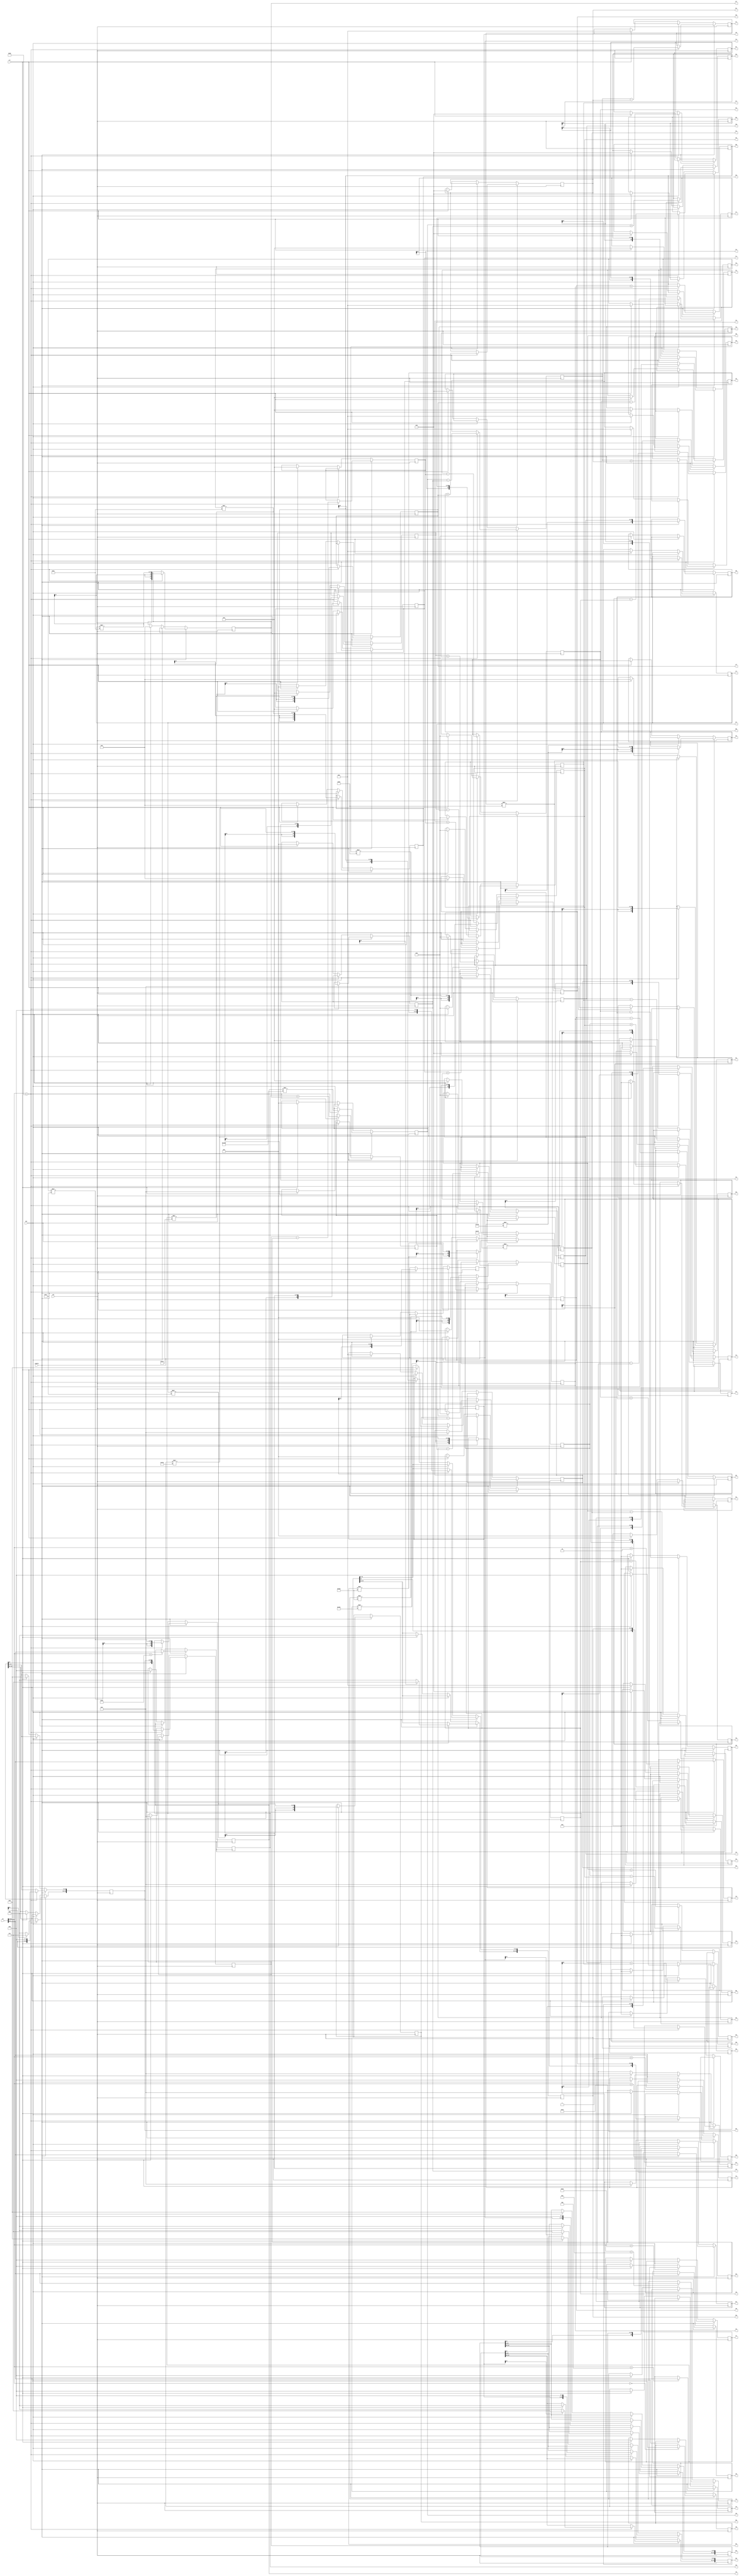
`timescale 1ns / 1ps
//////////////////////////////////////////////////////////////////////////////////
// Company: 
// Engineer: 
// 
// Design Name: 
// Module Name: idct_seq
// Project Name: 
// Target Devices: 
// Tool Versions: 
// Description: 
// 
// Dependencies: 
// 
// Revision:
// Revision 0.01 - File Created
// Additional Comments:
// 
//////////////////////////////////////////////////////////////////////////////////
    
    
module idctsim(clk,clr,enable,out,sw,
               I0,I1,I2,I3,I4,I5,I6,I7,
               A0,A1,A2,A3,A4,A5,A6,A7,
               B0,B1,B2,B3,B4,B5,B6,B7,
               C0,C1,C2,C3,C4,C5,C6,C7,
               D0,D1,D2,D3,D4,D5,D6,D7,D8,D9,
               E0,E1,E2,E3,E4,E5,E6,E7,
               F0,F1,F2,F3,F4,F5,F6,F7,
               G0,G1,G2,G3,G4,G5,G6,G7,
               H0,H1,H2,H3,H4,H5,H6,H7
               );
//100 MHz CLOCK CONNECTED TO W5
input clk;

//Push Button Inputs     
input clr;
input enable; 
input out;
                       
// Slide Switch Inputs
input signed [15:0] sw; 
                     
// LED Outputs                    
output reg signed [21:0] A0,A1,A2,A3,A4,A5,A6,A7;
output reg signed [22:0] B0,B1,B2,B3,B4,B5,B6,B7;
output reg signed [23:0] C0,C1,C2,C3,C4,C5,C6,C7;    
output reg signed [34:0] D0,D1,D2,D3,D4,D5,D6,D7,D8,D9;
output reg signed [35:0] E0,E1,E2,E3,E4,E5,E6,E7;
output reg signed [36:0] F0,F1,F2,F3,F4,F5,F6,F7;        
output reg signed [37:0] G0,G1,G2,G3,G4,G5,G6,G7;
output reg signed [38:0] H0,H1,H2,H3,H4,H5,H6,H7;
wire signed [10:0] c4 = 11'b000_10110101,  //0.7071
                   c6 = 11'b000_01100001,  //0.3826
                   c2 = 11'b000_11101100;  //0.921875
            
wire signed [13:0] 
s0 = 14'b00_010110101000,//0.3535533906
s3 = 14'b00_010000010100,//0.2548977895 
s6 = 14'b00_010001010100,//0.2705980501
s7 = 14'b00_010011001111,//0.3006724435
s4 = 14'b00_010110101000,//0.3535533906
s1 = 14'b00_011100110011,//0.4499881115
s2 = 14'b00_101001110011,//0.6532814824
s5 = 14'b01_010010000000;//1.2814577239             
     
output reg signed [7:0] I0,
                        I1,
                        I2,
                        I3,
                        I4,
                        I5,
                        I6,
                        I7;
        

always @(posedge clk) begin
    if ( (enable == 1)) begin              
    case(sw[15:8])         
    0:I0[7:0] <= sw[7:0];
    1:I1[7:0] <= sw[7:0];
    2:I2[7:0] <= sw[7:0];
    4:I3[7:0] <= sw[7:0];
    8:I4[7:0] <= sw[7:0];
   16:I5[7:0] <= sw[7:0];
   32:I6[7:0] <= sw[7:0];
   64:I7[7:0] <= sw[7:0];
  128:  begin
       //STAGE-1
       A0 <= I0*s0;
       A1 <= I1*s1;
       A2 <= I2*s2;
       A3 <= I3*s3;
       A4 <= I4*s4;
       A5 <= I5*s5;
       A6 <= I6*s6;
       A7 <= I7*s7;
       //STAGE-2
       B0 <= A0 + A4;
       B4 <= A0 - A4;
       B2 <= A2 - A6;
       B6 <= A2 + A6;
       B1 <= A1 + A7;
       B5 <= A5 - A3;
       B3 <= A5 + A3;
       B7 <= A1 - A7;       
       //STAGE-3
       C0 <= B0;
       C4 <= B4;
       C2 <= B2;
       C6 <= B6;
       C1 <= B5 - B1;
       C5 <= B5 + B1;
       C3 <= B3;     
       C7 <= B7;     
       //STAGE-4
       D0 <= {C0,8'b0}; if (C0[23]) D0[34:32] <= 3'b111;
       D4 <= {C4,8'b0}; if (C4[23]) D4[34:32] <= 3'b111;
       D2 <= {C2,8'b0}; if (C2[23]) D2[34:32] <= 3'b111; 
       D6 <= C6 * c4;  
       D1 <= C1 * c4;  
       D5 <= {C5,8'b0}; if (C5[23]) D5[34:32] <= 3'b111;
       D3 <= C3 * c6;
       D7 <= C7 * c6;                  
       D8 <= C3 * c2;
       D9 <= C7 * c2;
       //STAGE-5
       E0 <= D0;
       E4 <= D4;
       E2 <= D2;
       E6 <= D6;
       E1 <= D1;
       E5 <= D5;
       E3 <= D9 - D3;
       E7 <= D8 + D7;
       //STAGE-6
       F0 <= E0;
       F4 <= E4;
       F2 <= E2 - E6;
       F6 <= E6;
       F1 <= E1;
       F5 <= E5 - E7;
       F3 <= E3;
       F7 <= E7 - E1;
       //STAGE-7
       G0 <= F0 + F6;
       G4 <= F4 + F2;
       G2 <= F4 - F2;
       G6 <= F0 - F6;
       G1 <= F1 + F3;
       G5 <= F5;
       G3 <= F3;
       G7 <= F7;
       end
       endcase
       end

else if ((out == 1)) begin           
       H0 <= G0 + G7;
       H1 <= G4 + G3;
       H2 <= G2 + G5; 
       H3 <= G6 + G1;
       H4 <= G6 - G1;
       H5 <= G2 - G5;
       H6 <= G4 - G3;
       H7 <= G0 - G7;
       end
        
else if ((clr == 1)) begin
       I0 <= 0;
       I1 <= 0;
       I2 <= 0;
       I3 <= 0;
       I4 <= 0;
       I5 <= 0;
       I6 <= 0;
       I7 <= 0;
       A0 <= 0;
       A1 <= 0;
       A2 <= 0;
       A3 <= 0;
       A4 <= 0;
       A5 <= 0;
       A6 <= 0;
       A7 <= 0;
       B0 <= 0;
       B1 <= 0;
       B2 <= 0;
       B3 <= 0;
       B4 <= 0;
       B5 <= 0;
       B6 <= 0;
       B7 <= 0;
       C0 <= 0;
       C1 <= 0;
       C2 <= 0;
       C3 <= 0;
       C4 <= 0;
       C5 <= 0;
       C6 <= 0;
       C7 <= 0;
       D0 <= 0;
       D1 <= 0;
       D2 <= 0;
       D3 <= 0;
       D4 <= 0;
       D5 <= 0;
       D6 <= 0;
       D7 <= 0;
       E0 <= 0;
       E1 <= 0;
       E2 <= 0;
       E3 <= 0;
       E4 <= 0;
       E5 <= 0;
       E6 <= 0;
       E7 <= 0;
       F0 <= 0;
       F1 <= 0;
       F2 <= 0;
       F3 <= 0;
       F4 <= 0;
       F5 <= 0;
       F6 <= 0;
       F7 <= 0;
       G0 <= 0;
       G1 <= 0;
       G2 <= 0;
       G3 <= 0;
       G4 <= 0;
       G5 <= 0;
       G6 <= 0;
       G7 <= 0;
       H0 <= 0;
       H1 <= 0;
       H2 <= 0;
       H3 <= 0;
       H4 <= 0;
       H5 <= 0;
       H6 <= 0;
       H7 <= 0;            
end
end
endmodule